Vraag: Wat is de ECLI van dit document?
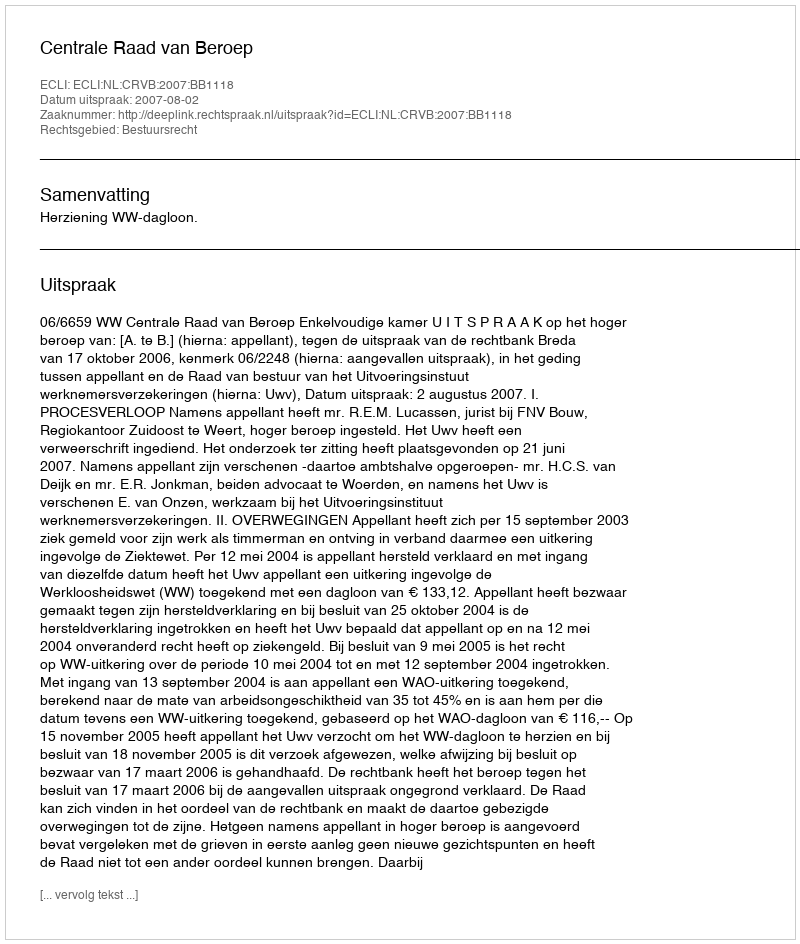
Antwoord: ECLI:NL:CRVB:2007:BB1118